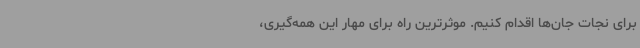
برای نجات جان‌ها اقدام کنیم. موثرترین راه برای مهار این همه‌گیری،